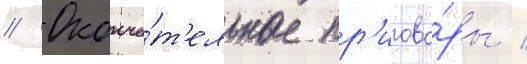
// Оконча́т'ельные пр'игово́ры /